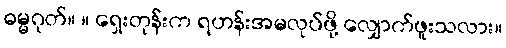
ဓမ္မဂုတ်။ ။ ရှေးတုန်းက ရဟန်းအမလုပ်ဖို့ လျှောက်ဖူးသလား။